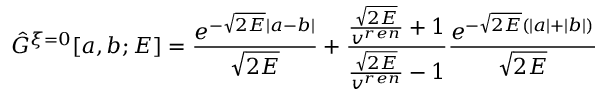
\hat { G } ^ { \xi = 0 } [ a , b ; E ] = \frac { e ^ { - \sqrt { 2 E } | a - b | } } { \sqrt { 2 E } } + \frac { \frac { \sqrt { 2 E } } { v ^ { r e n } } + 1 } { \frac { \sqrt { 2 E } } { v ^ { r e n } } - 1 } \frac { e ^ { - \sqrt { 2 E } ( | a | + | b | ) } } { \sqrt { 2 E } }